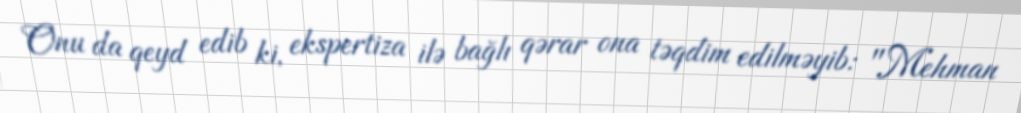
Onu da qeyd edib ki, ekspertiza ilə bağlı qərar ona təqdim edilməyib: "Mehman